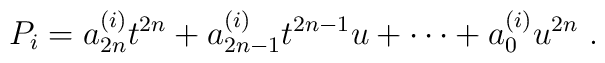
P_i=a_{2n}^{(i)} t^{2n}+a_{2n-1}^{(i)} t^{2n-1}u+\cdots +a_{0}^{(i)} u^{2n}\ .